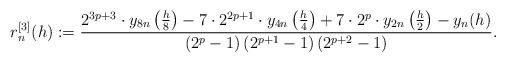
LaTeX: \begin{align*}r_n^{[3]}(h):=\frac{2^{3p+3}\cdot y_{8n}\left(\frac{h}{8}\right)-7\cdot 2^{2p+1}\cdot y_{4n}\left(\frac{h}{4}\right)+7\cdot 2^{p}\cdot y_{2n}\left(\frac{h}{2}\right)- y_n(h)}{\left(2^p-1\right) \left(2^{p+1}-1\right)\left(2^{p+2}-1\right)}.\end{align*}